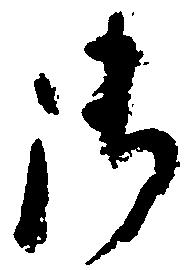
御